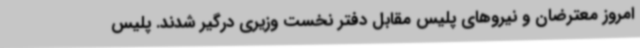
امروز معترضان و نیروهای پلیس مقابل دفتر نخست وزیری درگیر شدند. پلیس